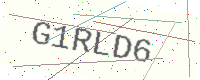
Text: G1RLD6